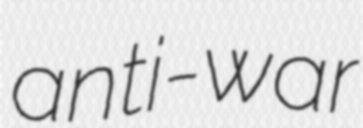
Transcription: anti-war